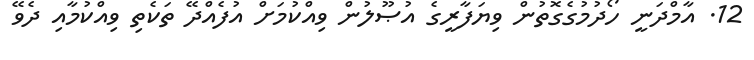
12. އާމްދަނީ ހޯދުމުގެގޮތުން ވިޔަފާރީގެ އުޞޫލުން ވިއްކުމަށް އުފެއްދޭ ތަކެތި ވިއްކުމާއި ދެވޭ